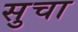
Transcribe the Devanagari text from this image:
सुचा